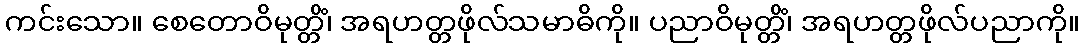
ကင်းသော။ စေတောဝိမုတ္တိံ၊ အရဟတ္တဖိုလ်သမာဓိကို။ ပညာဝိမုတ္တိံ၊ အရဟတ္တဖိုလ်ပညာကို။